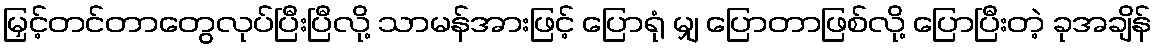
မြှင့်တင်တာတွေလုပ်ပြီးပြီလို့ သာမန်အားဖြင့် ပြောရုံ မျှ ပြောတာဖြစ်လို့ ပြောပြီးတဲ့ ခုအချိန်